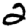
Digit: 2